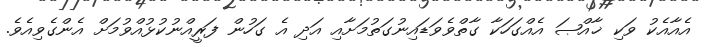
އެއާއެކު ވަކި ޚާއްޞަ އެއްގަހަކާ ގާތްވެވަޑައިނުގަތުމަށާއި އަދި އެ ގަހުން ފަރީއްނުކުޅުއްވުމަށް އެންގެވިއެވެ.